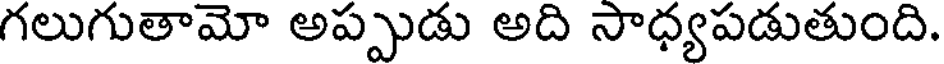
గలుగుతామో అప్పుడు అది సాధ్యపడుతుంది.